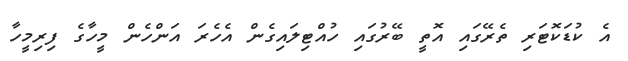
އެ ކުޑަކޮޓަރި ތެރޭގައި އޮތީ ބޭރުގައި ހުއްޓިލައިގެން އެހެރަ އަންހެން މީހާގެ ފިރިމީހާ